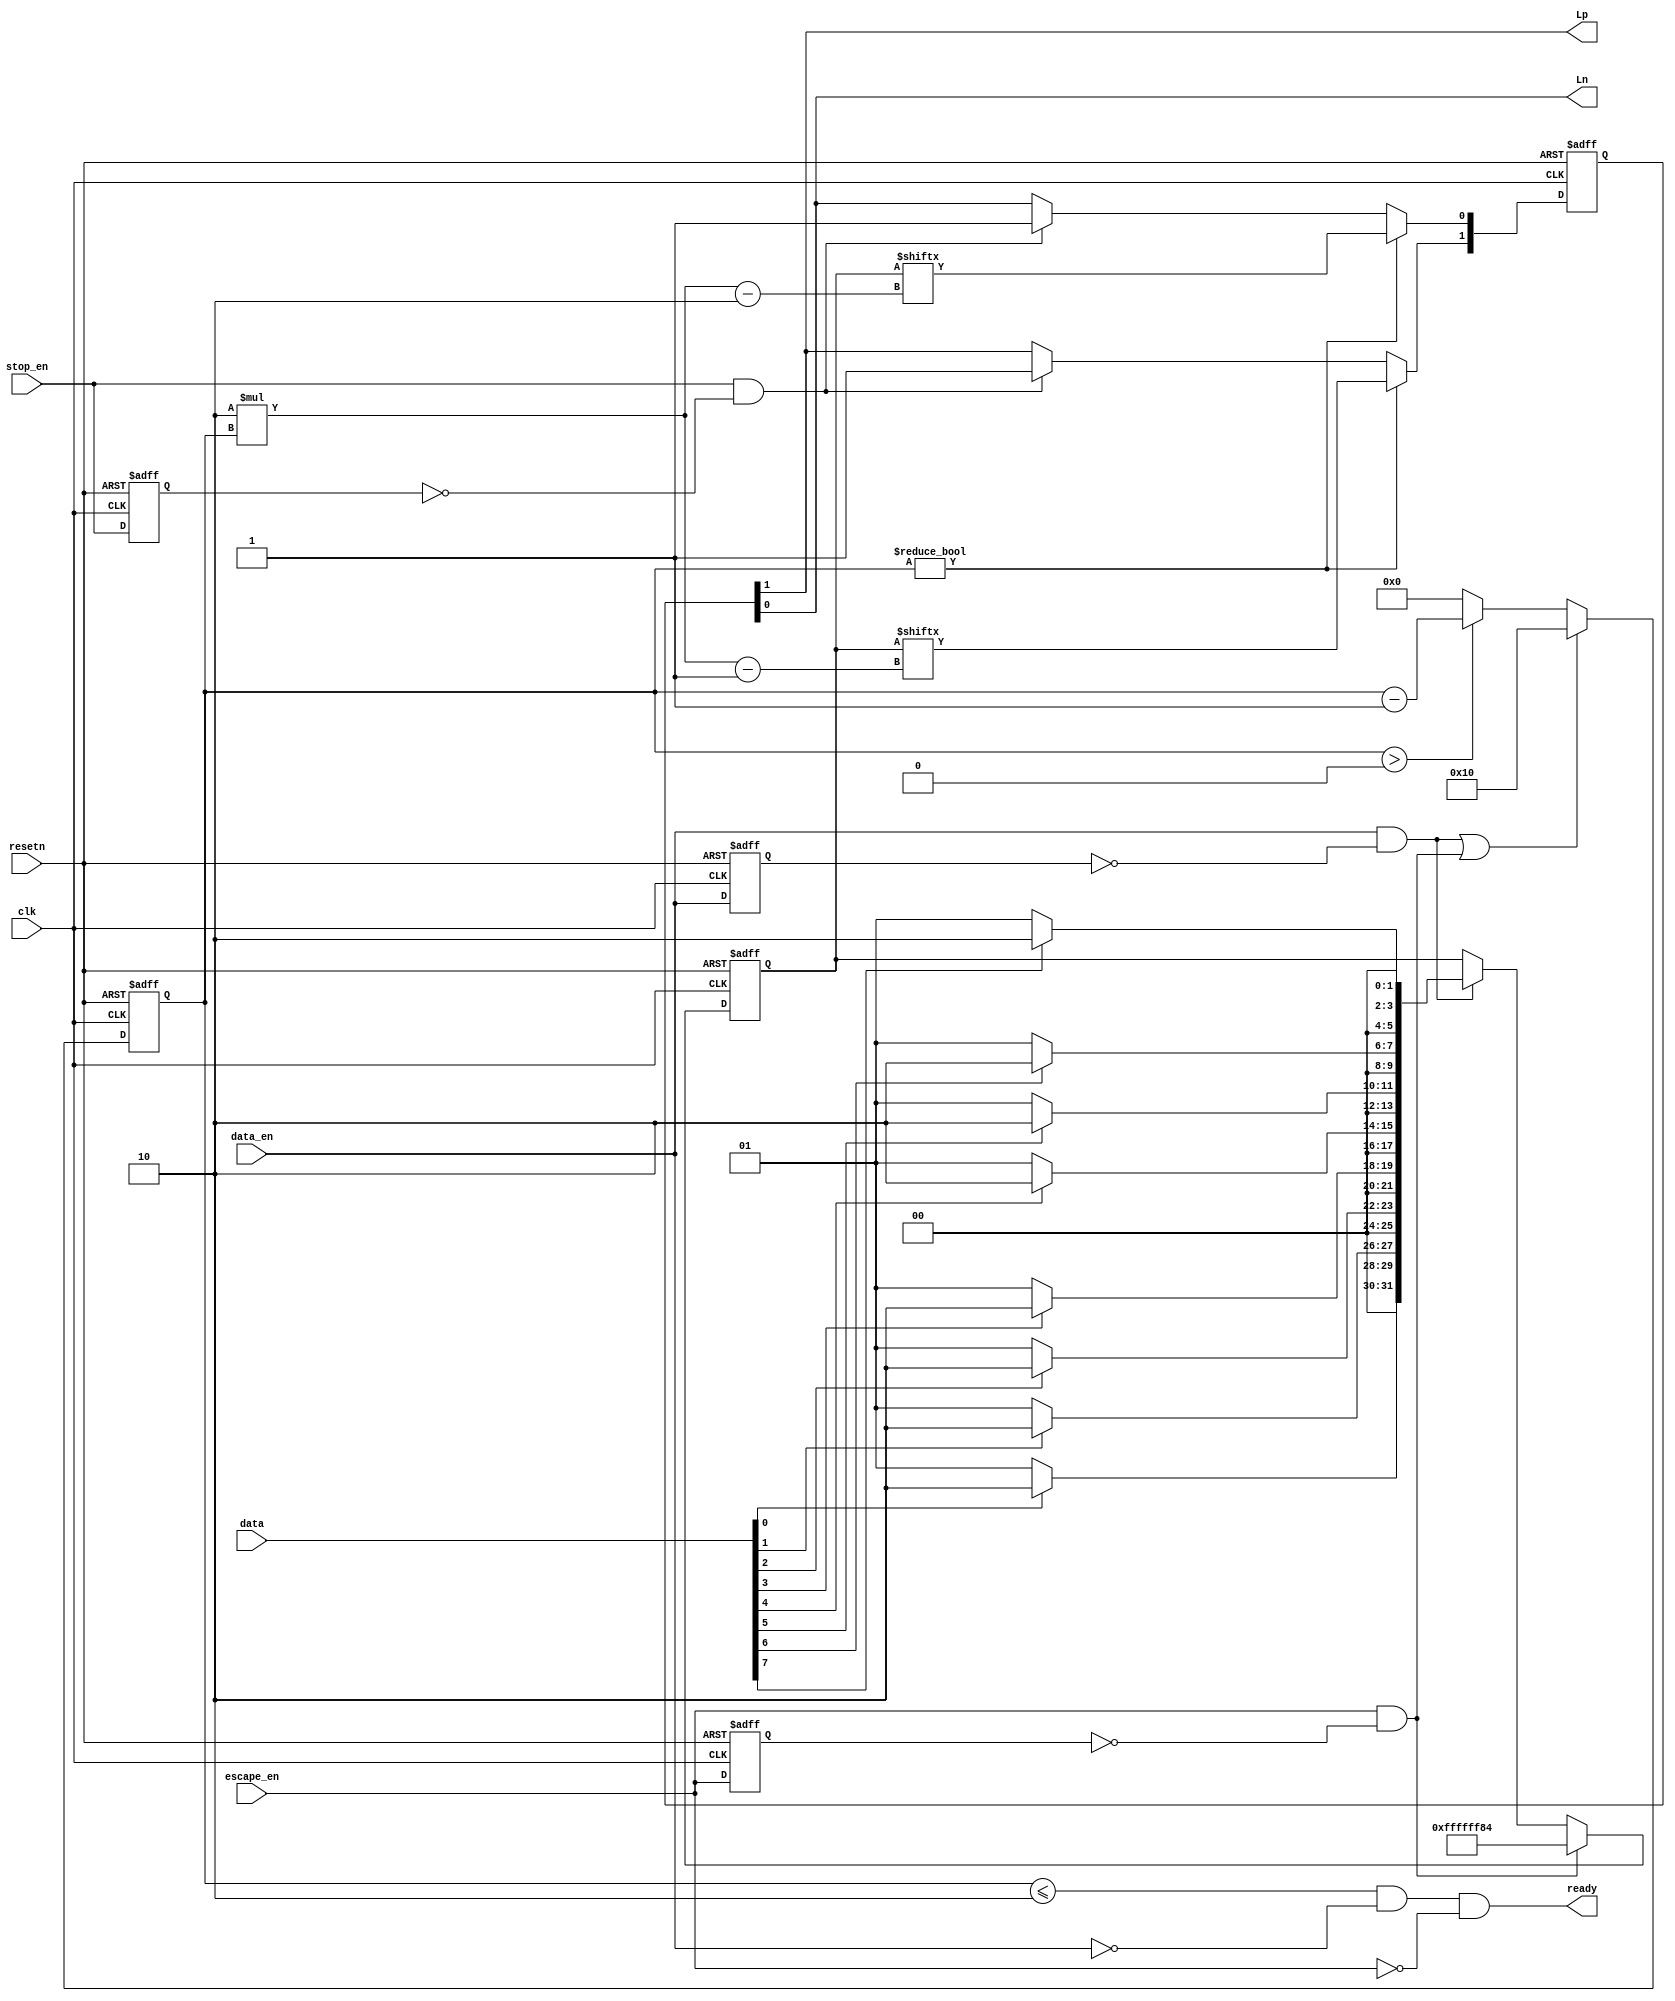
// --------------------------------------------------------------------
// >>>>>>>>>>>>>>>>>>>>>>>>> COPYRIGHT NOTICE <<<<<<<<<<<<<<<<<<<<<<<<<
// --------------------------------------------------------------------
// Copyright (c) 2013 by Lattice Semiconductor Corporation
// --------------------------------------------------------------------
//
// Permission:
//
//   Lattice Semiconductor grants permission to use this code for use
//   in synthesis for any Lattice programmable logic product.  Other
//   use of this code, including the selling or duplication of any
//   portion is strictly prohibited.
//
// Disclaimer:
//
//   This VHDL or Verilog source code is intended as a design reference
//   which illustrates how these types of functions can be implemented.
//   It is the user's responsibility to verify their design for
//   consistency and functionality through the use of formal
//   verification methods.  Lattice Semiconductor provides no warranty
//   regarding the use or functionality of this code.
//
// --------------------------------------------------------------------
//           
//                     Lattice Semiconductor Corporation
//                     5555 NE Moore Court
//                     Hillsboro, OR 97214
//                     U.S.A
//
//                     TEL: 1-800-Lattice (USA and Canada)
//                          408-826-6000 (other locations)
//
//                     web: http://www.latticesemi.com/
//
// --------------------------------------------------------------------
//
// DCS_Encoder.v -- MIPI DSI TX Bridge Reference Design
// 
//
// --------------------------------------------------------------------
//
// Revision History :
// --------------------------------------------------------------------
//   Ver  :| Author            :| Mod. Date :| Changes Made:
//   V1.0 :| APPS_LHQ          :| 07/16/13  :| Initial Release
//------------------------------------------------------------------------------------------------------------------------------------------
module DCS_Encoder (
     input  resetn           ,
     input  clk              ,
     input  data_en          ,    //Initiates an 8-bit data transfer
     input  escape_en        ,    //Initiates a LP11,LP10,LP00,LP01,LP00 transmission
     input  stop_en          ,    //Returns LP output ports to LP11 idle state
     
     input  [7:0] data       ,    
     output ready            ,    //Tells status of encoder.  1'b1-ready for next transfer, 1'b0-processing current transfer.
     
     output Lp               ,
     output Ln
     
);
     wire [31:0] oneh_data;
     reg [5:0] bitcntr;
     reg q_enable, q_escape_en, q_stop_en;
     reg [31:0] q_oneh_data;
     reg [1:0] LP;
     
     assign start_data          = data_en   & ~q_enable;
     assign start_escape        = escape_en & ~q_escape_en;
     assign stop_data           = stop_en   & ~q_stop_en;
     assign oneh_data[31:30]    = data[0] ? 2'b10 : 2'b01;
     assign oneh_data[29:28]    = 2'b00;                  
     assign oneh_data[27:26]    = data[1] ? 2'b10 : 2'b01;
     assign oneh_data[25:24]    = 2'b00;                  
     assign oneh_data[23:22]    = data[2] ? 2'b10 : 2'b01;
     assign oneh_data[21:20]    = 2'b00;                  
     assign oneh_data[19:18]    = data[3] ? 2'b10 : 2'b01;
     assign oneh_data[17:16]    = 2'b00;                  
     assign oneh_data[15:14]    = data[4] ? 2'b10 : 2'b01;
     assign oneh_data[13:12]    = 2'b00;                  
     assign oneh_data[11:10]    = data[5] ? 2'b10 : 2'b01;
     assign oneh_data[9:8]      = 2'b00;                  
     assign oneh_data[7:6]      = data[6] ? 2'b10 : 2'b01;
     assign oneh_data[5:4]      = 2'b00;                  
     assign oneh_data[3:2]      = data[7] ? 2'b10 : 2'b01;
     assign oneh_data[1:0]      = 2'b00;


     always @(posedge clk or negedge resetn) begin
        if (!resetn) begin
           
           q_escape_en    <= 0;
           q_enable       <= 0;
           q_stop_en      <= 0;
           
           q_oneh_data    <= 0;
           bitcntr        <= 0;
           LP             <= 2'b11;
     
        end
        else begin
           q_escape_en  <= escape_en;
           q_enable     <= data_en;
           q_stop_en    <= stop_en;
           q_oneh_data  <= start_escape            ? 32'b1111_1111_1111_1111_1111_1111_1000_0100 :
                           start_data              ? oneh_data                    :
                                                     q_oneh_data                  ;
     
           bitcntr      <= start_data|start_escape ? 5'd16          : 
                           bitcntr>0               ? bitcntr-1      : 
                                                     0              ;

           LP[1]       <= (bitcntr!=0) ? q_oneh_data[2*bitcntr-1]                :
                          (stop_data ) ? 1'b1                                    : 
                                         LP[1];
           LP[0]       <= (bitcntr!=0) ? q_oneh_data[2*bitcntr-2]                  :
                          (stop_data ) ? 1'b1                                    : 
                                         LP[0];           
        end
     end
     
     assign ready = (bitcntr<=2) & ~data_en & ~escape_en;
     
     assign Lp = LP[1];
     assign Ln = LP[0];
                           
endmodule